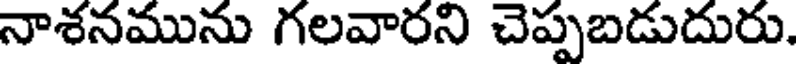
నాశనమును గలవారని చెప్పబడుదురు.